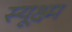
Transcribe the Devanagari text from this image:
स्यूक्ष्म